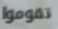
تقوموا